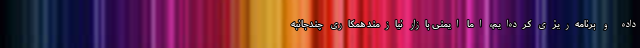
داده و برنامه‌ریزی کرده‌ایم، اما ایمنی بازار نیازمند همکاری چندجانبه